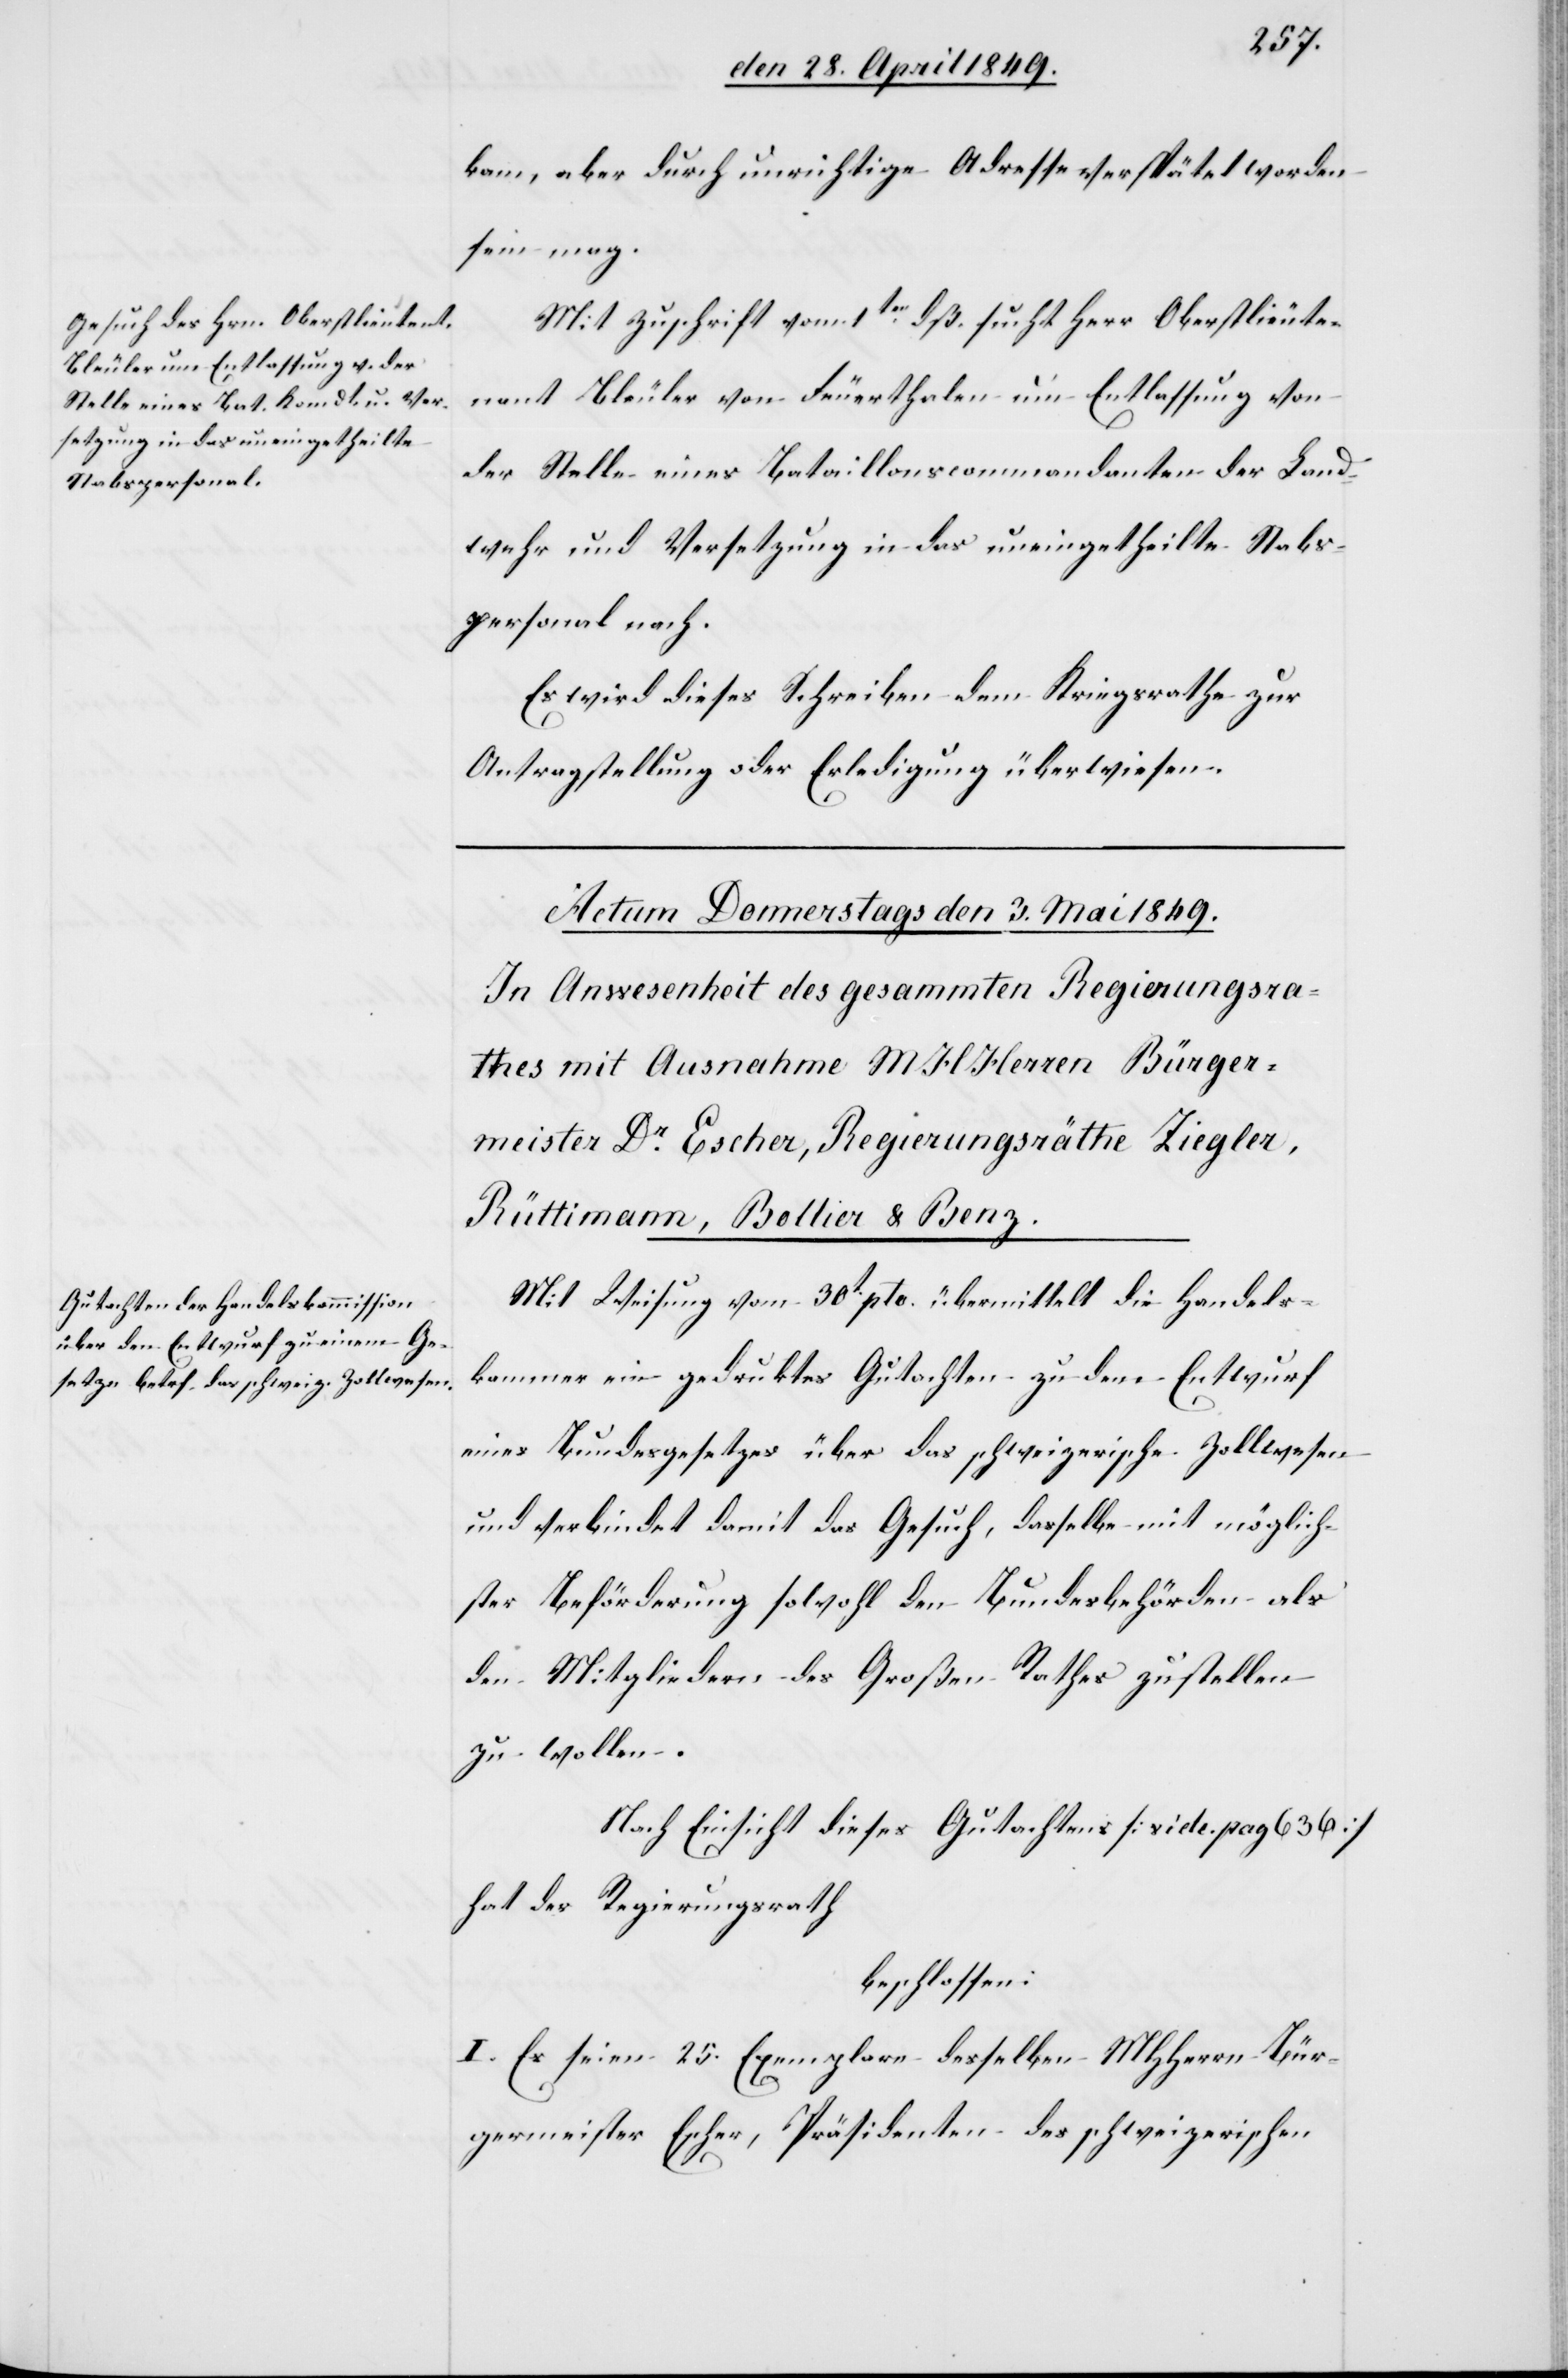
kam, aber durch unrichtige Adresse verspätet worden
sein mag.
Mit Zuschrift vom 1ten dß. sucht Herr Oberstlieute¬
nant Bleuler von Feuerthalen um Entlassung von
der Stelle eines Bataillonscommandanten der Land¬
wehr und Versetzung in das uneingetheilte Stabs¬
personal nach.
Es wird dieses Schreiben dem Kriegsrathe zur
Antragstellung oder Erledigung überwiesen.
Mit Weisung vom 30t pto. übermittelt die Handels¬
kammer ein gedruktes Gutachten zu dem Entwurf
eines Bundesgesetzes über das schweizerische Zollwesen
und verbindet damit das Gesuch, dasselbe mit möglich¬
ster Beförderung sowohl den Bundesbehörden als
den Mitgliedern des Großen Rathes zustellen
zu wollen.
Nach Einsicht dieses Gutachtens [vide pag 636]
hat der Regierungsrath
beschlossen:
I. Es seien 25. Exemplare desselben MHHerrn Bür¬
germeister Escher, Präsidenten des schweizerischen